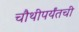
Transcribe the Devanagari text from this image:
चौथीपर्यंतची